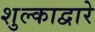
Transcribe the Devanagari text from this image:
शुल्काद्वारे